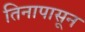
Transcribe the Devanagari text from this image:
तिनापासून